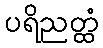
ပရိညတ္ထံ